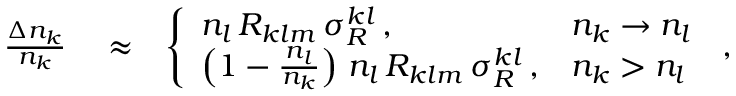
\begin{array} { r l r } { \frac { \Delta n _ { k } } { n _ { k } } } & { { } \approx } & { \left\{ \begin{array} { l l } { n _ { l } \, { \cal R } _ { k l m } \, \sigma _ { R } ^ { k l } \, , } & { n _ { k } \rightarrow n _ { l } } \\ { \left( 1 - \frac { n _ { l } } { n _ { k } } \right) \, n _ { l } \, { \cal R } _ { k l m } \, \sigma _ { R } ^ { k l } \, , } & { n _ { k } > n _ { l } } \end{array} \right. \, , } \end{array}